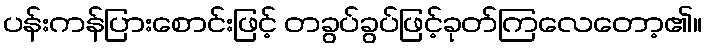
ပန်းကန်ပြားစောင်းဖြင့် တခွပ်ခွပ်ဖြင့်ခုတ်ကြလေတော့၏။